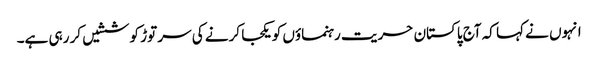
انہوں نے کہا کہ آج پاکستان حریت رہنماؤں کو یکجا کرنے کی سر توڑ کوششیں کر رہی ہے۔